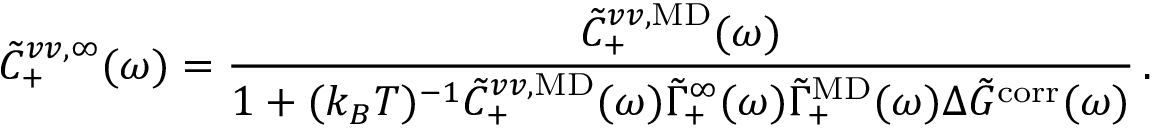
\Tilde { C } _ { + } ^ { v v , \infty } ( \omega ) = \frac { \Tilde { C } _ { + } ^ { v v , \mathrm { M D } } ( \omega ) } { 1 + ( k _ { B } T ) ^ { - 1 } \Tilde { C } _ { + } ^ { v v , \mathrm { M D } } ( \omega ) \Tilde { \Gamma } _ { + } ^ { \infty } ( \omega ) \Tilde { \Gamma } _ { + } ^ { \mathrm { M D } } ( \omega ) \Delta \Tilde { G } ^ { \mathrm { c o r r } } ( \omega ) } \, .